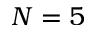
N = 5